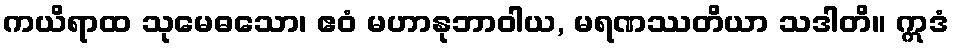
ကယိရာထ သုမေဓသော၊ ဧဝံ မဟာနုဘာဝါယ, မရဏဿတိယာ သဒါတိ။ ဣဒံ